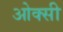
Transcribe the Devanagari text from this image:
ओक्सी